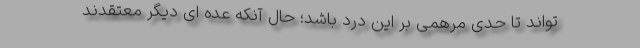
تواند تا حدی مرهمی بر این درد باشد؛ حال آنکه عده ای دیگر معتقدند